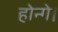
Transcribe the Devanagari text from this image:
होन्गे।